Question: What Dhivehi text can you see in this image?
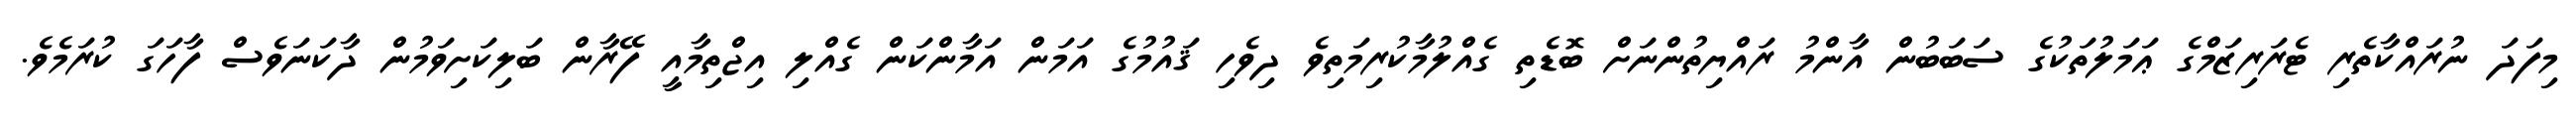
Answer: މިފަދަ ނުރައްކާތެރި ޓެރަރިޒަމްގެ ޢަމަލުތަކުގެ ސަބަބުން އާންމު ރައްޔިތުންނަށް ބޮޑެތި ގެއްލުމާކުރިމަތިވެ ދިވެހި ޤައުމުގެ އަމަން އަމާންކަން ގެއްލި އިޖްތިމާއީ ފޭރާން ބަލިކަށިވަމުން ދާކަނަވެސް ފާހަގަ ކުރަމެވެ.